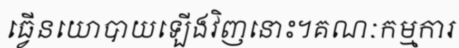
ធ្វើនយោបាយឡើងវិញនោះ។គណៈកម្មការ